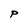
Character: P